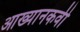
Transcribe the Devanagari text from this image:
आख्यानकवी